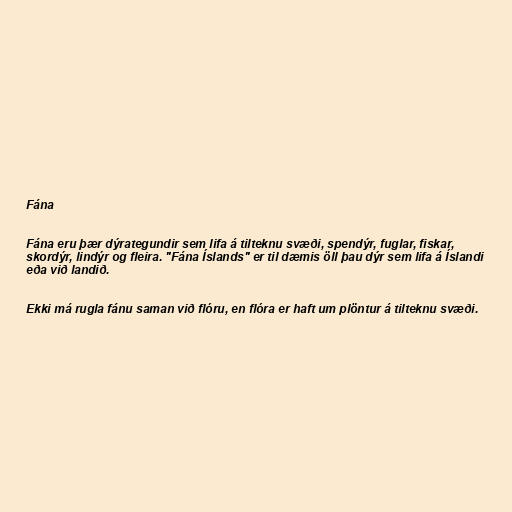
Fána

Fána eru þær dýrategundir sem lifa á tilteknu svæði, spendýr, fuglar, fiskar,
skordýr, lindýr og fleira. "Fána Íslands" er til dæmis öll þau dýr sem lifa á Íslandi
eða við landið.

Ekki má rugla fánu saman við flóru, en flóra er haft um plöntur á tilteknu svæði.